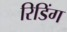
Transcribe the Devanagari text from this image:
रिडिंग